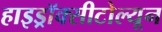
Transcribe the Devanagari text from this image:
हाइड्रॉक्सीटोल्यून